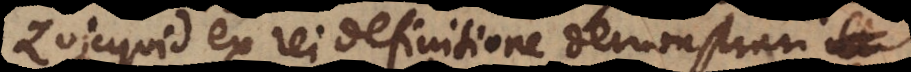
Quicquid ex rei definitione demonstrari